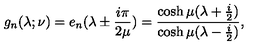
g _ { n } ( \lambda ; \nu ) = e _ { n } ( \lambda \pm { \frac { i \pi } { 2 \mu } } ) = { \frac { \cosh \mu ( \lambda + { \frac { i } { 2 } } ) } { \cosh \mu ( \lambda - { \frac { i } { 2 } } ) } } ,